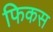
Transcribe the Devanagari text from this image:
फिकस